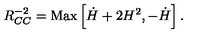
R _ { C C } ^ { - 2 } = \mathrm { M a x } \left[ \dot { H } + 2 H ^ { 2 } , - \dot { H } \right] .